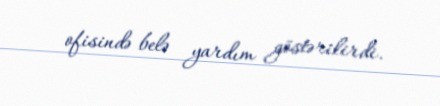
ofisində belə yardım göstərilirdi.